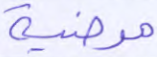
مرضية